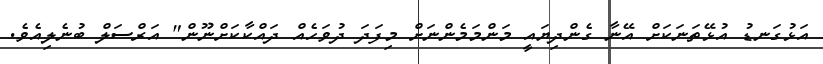
އަޅުގަނޑު އުޅޭތަނަކަށް އޭނާ ގެންދިޔައީ މަންމަމެންނަށް މިފަދަ ދުވަހެއް ދައްކާކަށްނޫން" އަރްސަލް ބުނެލިއެވެ.